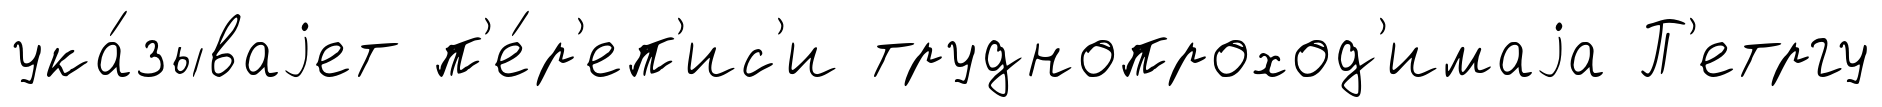
ука́зываjет п'е́р'еп'ис'и труднопроход'имаjа П'етргу